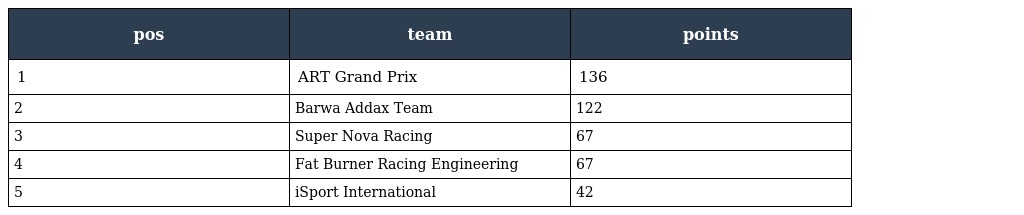
| pos | team | points |
 | --- | --- | --- |
 | 1 | ART Grand Prix | 136 |
 | 2 | Barwa Addax Team | 122 |
 | 3 | Super Nova Racing | 67 |
 | 4 | Fat Burner Racing Engineering | 67 |
 | 5 | iSport International | 42 |